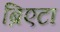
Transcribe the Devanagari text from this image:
ब्रिएटा